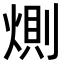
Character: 𭵎